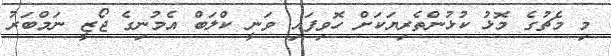
މި މެޗުގެ މޮޅު ކުޅުންތެރިޔަކަށް ހޮވިފައި ވަނީ ކްލަބް އެމުނިގެ ޖޯޒީ ނަމްބަރު